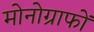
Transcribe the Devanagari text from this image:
मोनोग्राफों